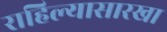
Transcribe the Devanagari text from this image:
राहिल्यासारखा